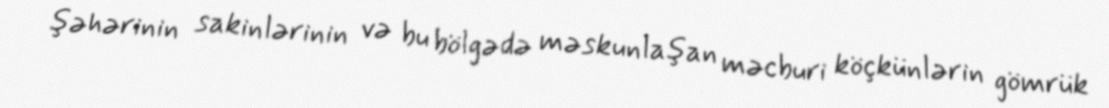
şəhərinin sakinlərinin və bu bölgədə məskunlaşan məcburi köçkünlərin gömrük